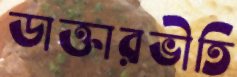
ডাক্তারভীতি